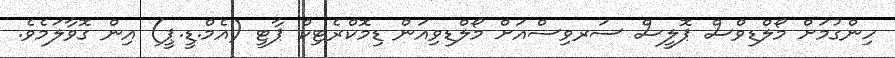
ހިންގުމަށް މޯލްޑިވްސް ޕޮލީސް ސަރވިސްއަށް މޯލްޑިވިއަން ޑިމޮކްރެޓިކް ޕާޓީ (އެމް.ޑީ.ޕީ) އިން ގޮވާލަމެވެ.